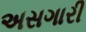
અસગારી